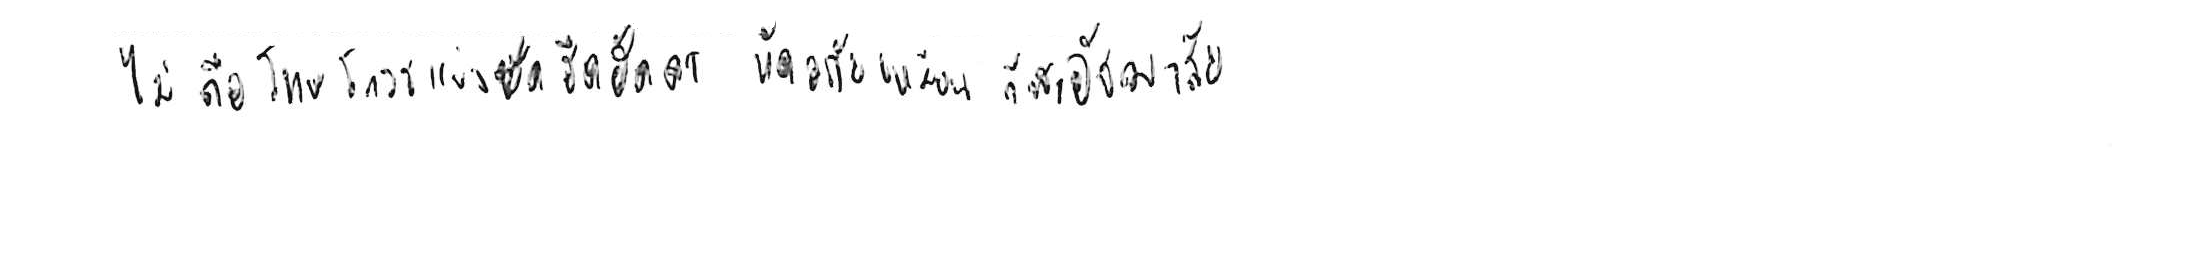
ไม่ถือโทษโกรธแช่งซัดฮึดฮัดด่า หัดอภัยเหมือนกีฬาอัชฌาสัย